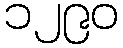
၁၂၉၀